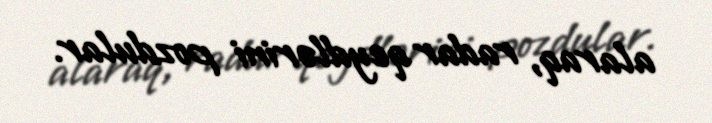
alaraq, radar qeydlərini pozdular.